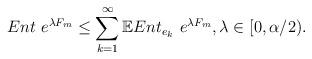
LaTeX: \begin{align*}Ent~e^{\lambda F_m} \leq \sum_{k=1}^\infty \mathbb{E} Ent_{e_k}~e^{\lambda F_m}, \lambda \in [0,\alpha/2).\end{align*}